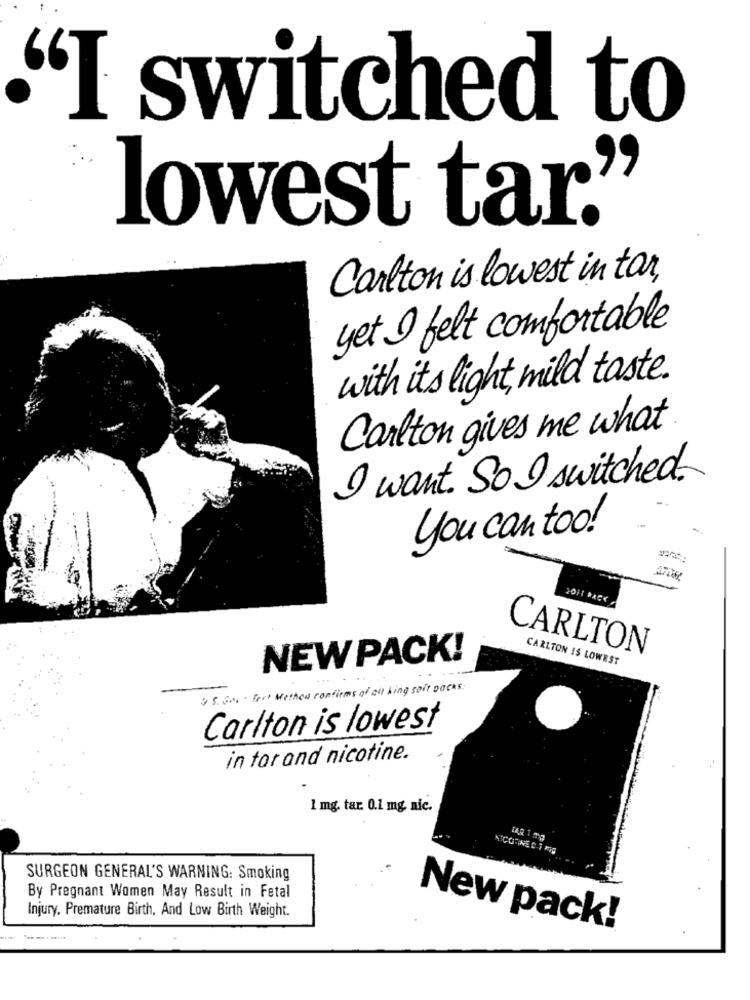
"I switched to
lowest tar."
Carlton is lowest in tar,
yet I felt comfortable
with its light, mild taste.
Carlton gives me what
I want. So I switched.
you can too!
CARLTON
NEW PACK!
CARLTON IS LOWEST
. S. son Fort Method confirms of all king soit packs:
Carlton is lowest
in tar and nicotine.
1 mg. tar. 0.1 mg. nic.
TAR TO
SURGEON GENERAL'S WARNING: Smoking
By Pregnant Women May Result in Fetal
Injury. Premature Birth, And Low Birth Weight.
New pack!